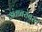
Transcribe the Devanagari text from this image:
अंताबरोबरच